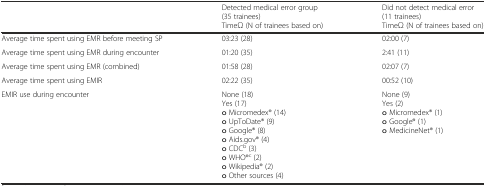
<table><thead><tr><td></td><td><b>Detected medical error group(35 trainees)TimeΩ (N of trainees based on)</b></td><td><b>Did not detect medical error(11 trainees)TimeΩ (N of trainees based on)</b></td></tr></thead><tbody><tr><td>Average time spent using EMR before meeting SP</td><td>03:23 (28)</td><td>02:00 (7)</td></tr><tr><td>Average time spent using EMR during encounter</td><td>01:20 (35)</td><td>2:41 (11)</td></tr><tr><td>Average time spent using EMR (combined)</td><td>01:58 (28)</td><td>02:07 (7)</td></tr><tr><td>Average time spent using EMIR</td><td>02:22 (35)</td><td>00:52 (10)</td></tr><tr><td>EMIR use during encounter</td><td>None (18)Yes (17)o Micromedex® (14)o UpToDate® (9)o Google® (8)o Aids.gov® (4)o CDC<sup>b</sup> (3)o WHO®<sup>c</sup> (2)o Wikipedia® (2)o Other sources (4)</td><td>None (9)Yes (2)o Micromedex® (1)o Google® (1)o MedicineNet® (1)</td></tr></tbody></table>